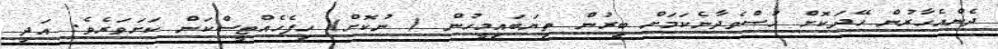
ދެންއެހާރުން ހޭދަކޮށް ހުސްވެދާނެކަމަށް ބިރުން ތިޔަބައިމީހުން ( ނުކޮށް) ހިފެހެއްޓީސްކަން ކަށަވަރެވެ. އަދި